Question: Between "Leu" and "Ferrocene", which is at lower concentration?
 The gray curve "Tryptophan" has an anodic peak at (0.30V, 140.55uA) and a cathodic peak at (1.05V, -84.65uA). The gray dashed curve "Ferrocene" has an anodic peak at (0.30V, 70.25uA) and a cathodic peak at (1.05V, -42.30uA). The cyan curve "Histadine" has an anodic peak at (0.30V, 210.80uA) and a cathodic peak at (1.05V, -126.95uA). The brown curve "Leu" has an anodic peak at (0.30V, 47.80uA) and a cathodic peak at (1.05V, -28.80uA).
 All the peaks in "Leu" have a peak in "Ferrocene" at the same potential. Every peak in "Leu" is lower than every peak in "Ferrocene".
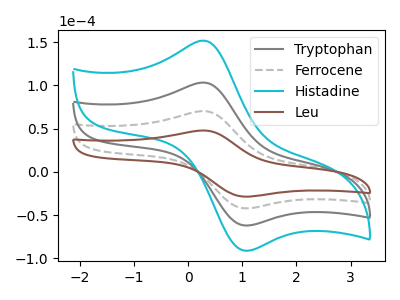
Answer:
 <answer>"Leu" has less signal than "Ferrocene" and so likely has a lower concentration.</answer>
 <eval>less_concentration</eval>